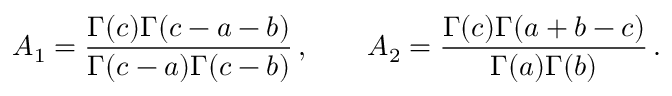
A _ { 1 } = { \frac { \Gamma ( c ) \Gamma ( c - a - b ) } { \Gamma ( c - a ) \Gamma ( c - b ) } } \, , \qquad A _ { 2 } = { \frac { \Gamma ( c ) \Gamma ( a + b - c ) } { \Gamma ( a ) \Gamma ( b ) } } \, .